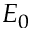
E _ { 0 }